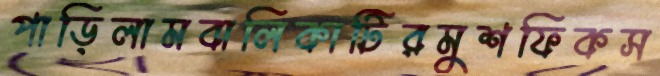
পাড়িলামবালিকাটিরমুশফিকস